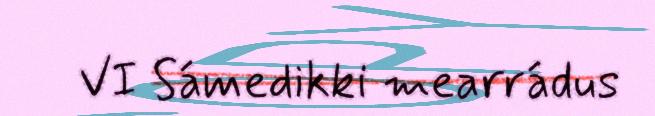
VI Sámedikki mearrádus